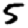
Digit: 5